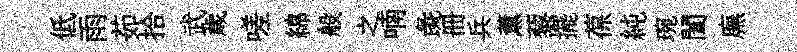
低雨茹拾武歳嗟綿般之喃彘册兵薰藜擺葆純琬闔廡